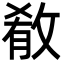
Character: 𫾼